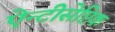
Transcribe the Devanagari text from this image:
ऐन्टीसेप्टिक